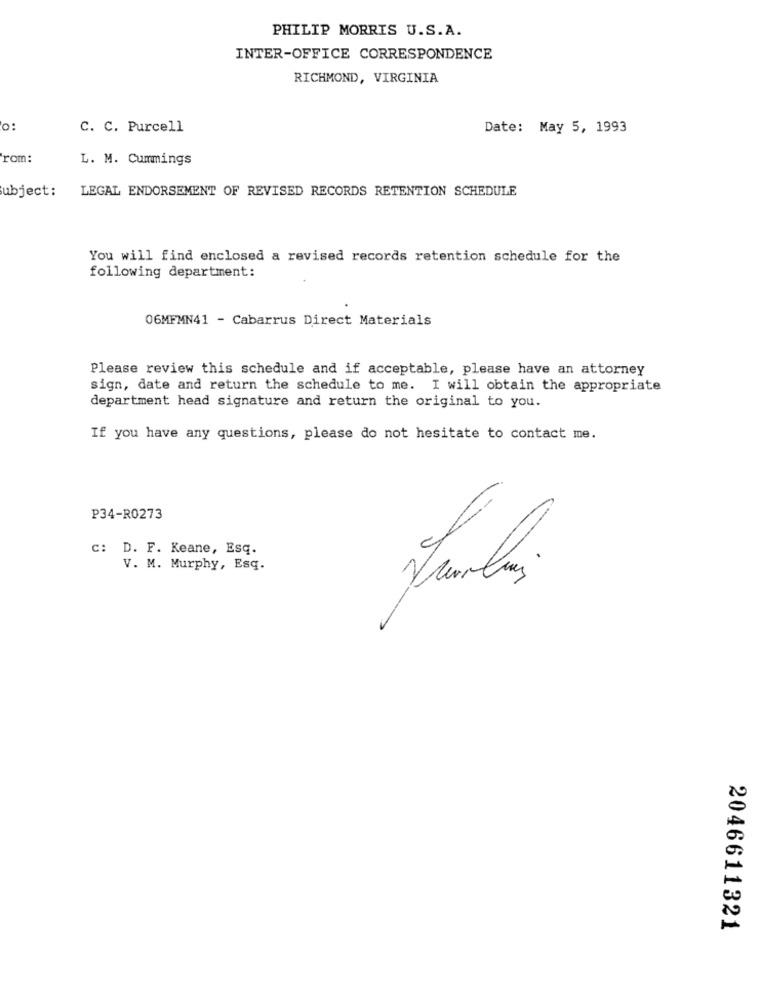
PHILIP MORRIS U.S.A.
INTER-OFFICE CORRESPONDENCE
RICHMOND, VIRGINIA
o:
C. C. Purcell
Date: May 5, 1993
rom:
L. M. Cummings
ubject:
LEGAL ENDORSEMENT OF REVISED RECORDS RETENTION SCHEDULE
You will find enclosed a revised records retention schedule for the
following department:
06MFMN41 - Cabarrus Direct Materials
Please review this schedule and if acceptable, please have an attorney
sign, date and return the schedule to me. I will obtain the appropriate
department head signature and return the original to you.
If you have any questions, please do not hesitate to contact me.
P34-R0273
c: D. F. Keane, Esq.
V. M. Murphy, Esq.
2046611321